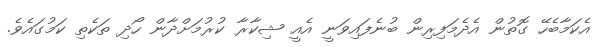
އެކަމާބެހޭ ގޮތުން އެދެމަފިރިން ބުނެފައިވަނީ އެއީ ޝިކާރާ ކުރުމަށްދާން ހޯދި ތަކެތި ކަމުގައެވެ.